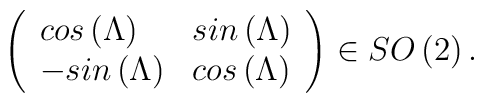
\left( \begin{array}{ll}cos\left( \Lambda \right) & sin\left( \Lambda \right) \\ -sin\left( \Lambda \right) & cos\left( \Lambda \right)\end{array}\right) \in SO\left( 2\right) .